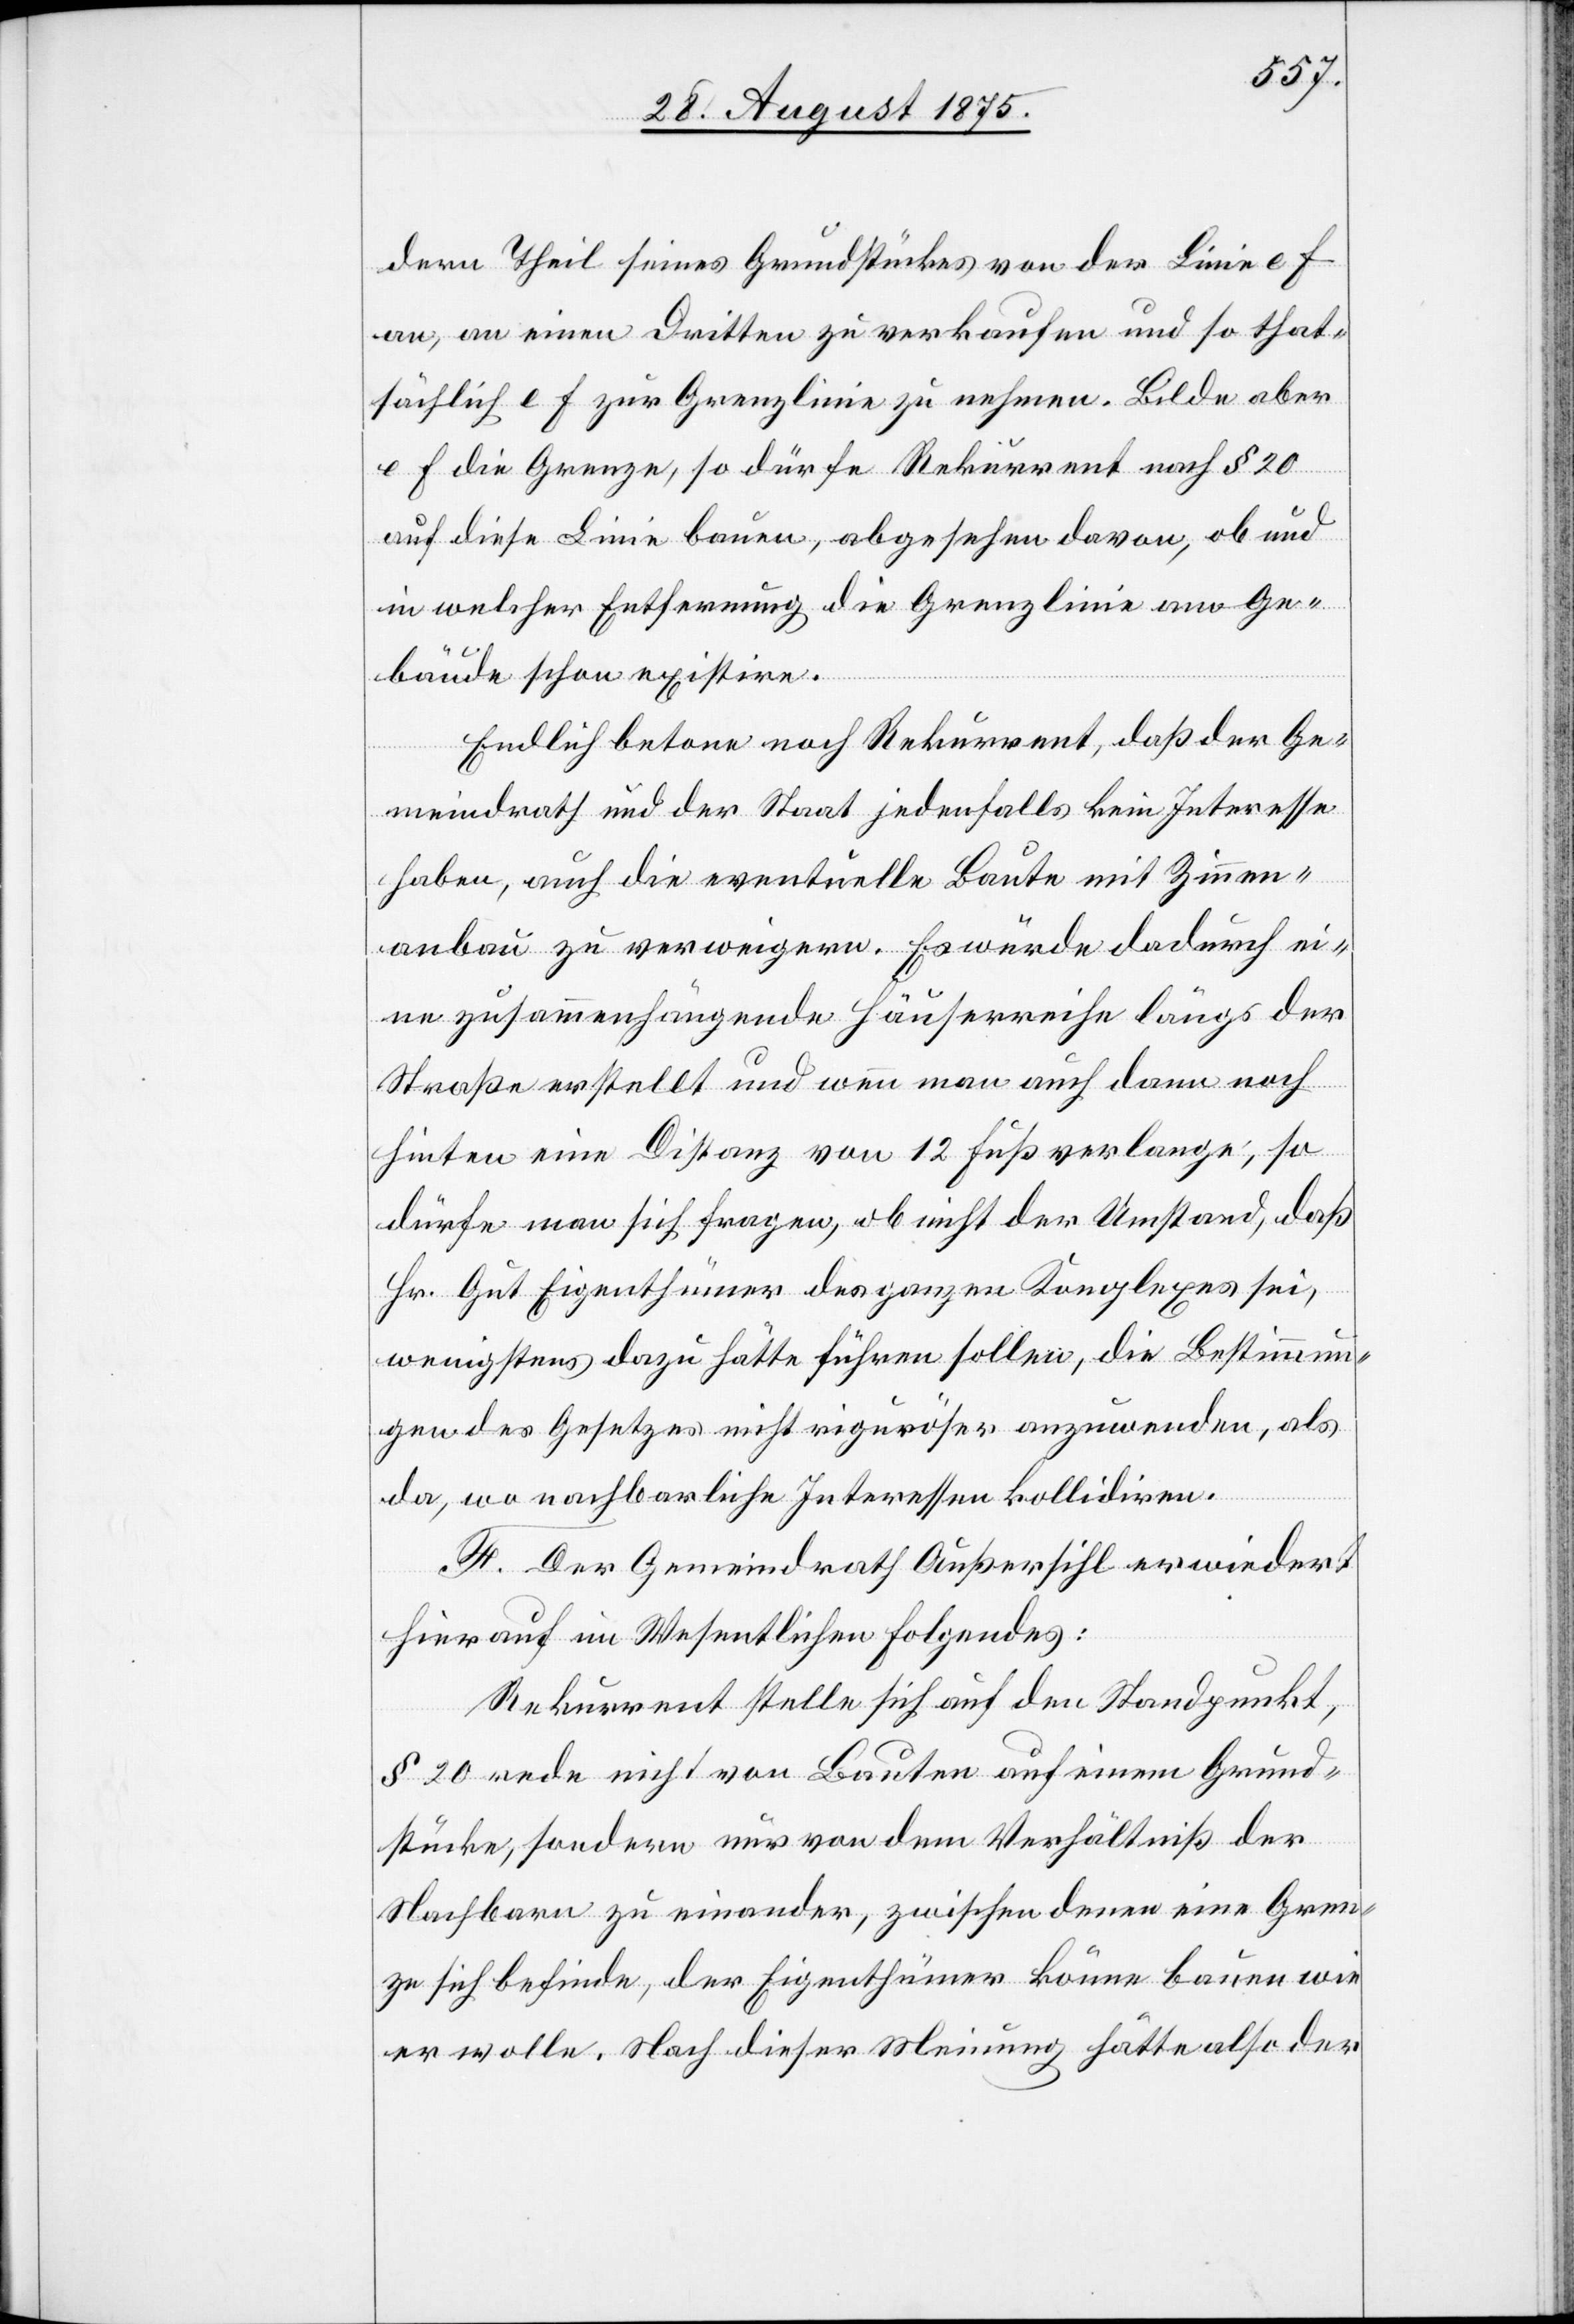
dem Theil seines Grundstückes von der Linie e f
an, an einen Dritten zu verkaufen und so that¬
sächlich e f zur Grenzlinie zu nehmen. Bilde aber
e f die Grenze, so dürfe Rekurrent nach § 20
auf diese Linie bauen, abgesehen davon, ob und
in welcher Entfernung die Grenzlinie am Ge¬
bäude schon existire.
Endlich betone noch Rekurrent, daß der Ge¬
meindrath und der Staat jedenfalls kein Interesse
haben, auch die eventuelle Baute mit Zinnen¬
anbau zu verweigern. Es würde dadurch ei¬
ne zusammenhängende Häuserreihe längs der
Straße erstellt und wenn man auch dann noch
hinten eine Distanz von 12 Fuß verlange, so
dürfe man sich fragen, ob nicht der Umstand, daß
Hr. Gut Eigenthümer des ganzen Komplexes sei,
wenigstens dazu hätte führen sollen, die Bestimmun¬
gen des Gesetzes nicht riguröser [sic!] anzuwenden, als
da, wo nachbarliche Interessen kollidiren.
F. Der Gemeindrath Außersihl erwiedert
hierauf im Wesentlichen folgendes:
Rekurrent stelle sich auf den Standpunkt,
§ 20 rede nicht von Bauten auf einem Grund¬
stücke, sondern nur von dem Verhältniß der
Nachbarn zu einander, zwischen denen eine Gren¬
ze sich befinde, der Eigenthümer könne bauen wie
er wolle. Nach dieser Meinung hätte also der